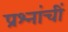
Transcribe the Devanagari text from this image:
प्रश्नांचीं